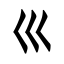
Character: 巛